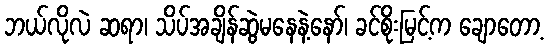
ဘယ်လိုလဲ ဆရာ၊ သိပ်အချိန်ဆွဲမနေနဲ့နော်၊ ခင်စိုးမြင့်က ချောတော့